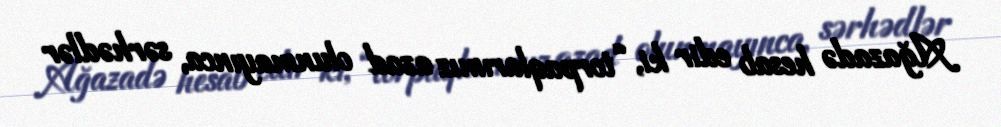
Ağazadə hesab edir ki, “torpaqlarımız azad olunmayınca, sərhədlər